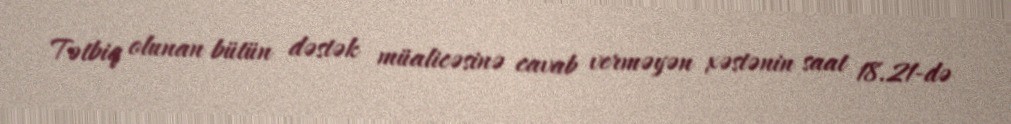
Tətbiq olunan bütün dəstək müalicəsinə cavab verməyən xəstənin saat 18.21-də